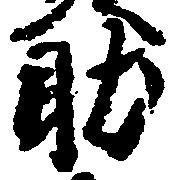
助